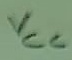
Text: VCC